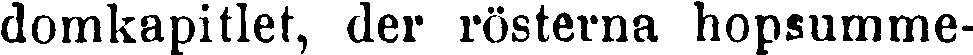
domkapitlet, der rösterna hopsumme-